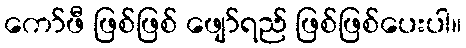
ကော်ဖီ ဖြစ်ဖြစ် ဖျော်ရည် ဖြစ်ဖြစ်ပေးပါ။